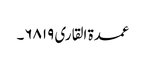
عمدۃ القاری ۶۸۱۹۔